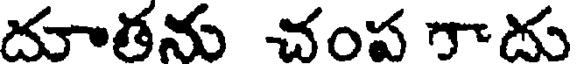
దూతను చంప గాదు